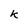
Character: k